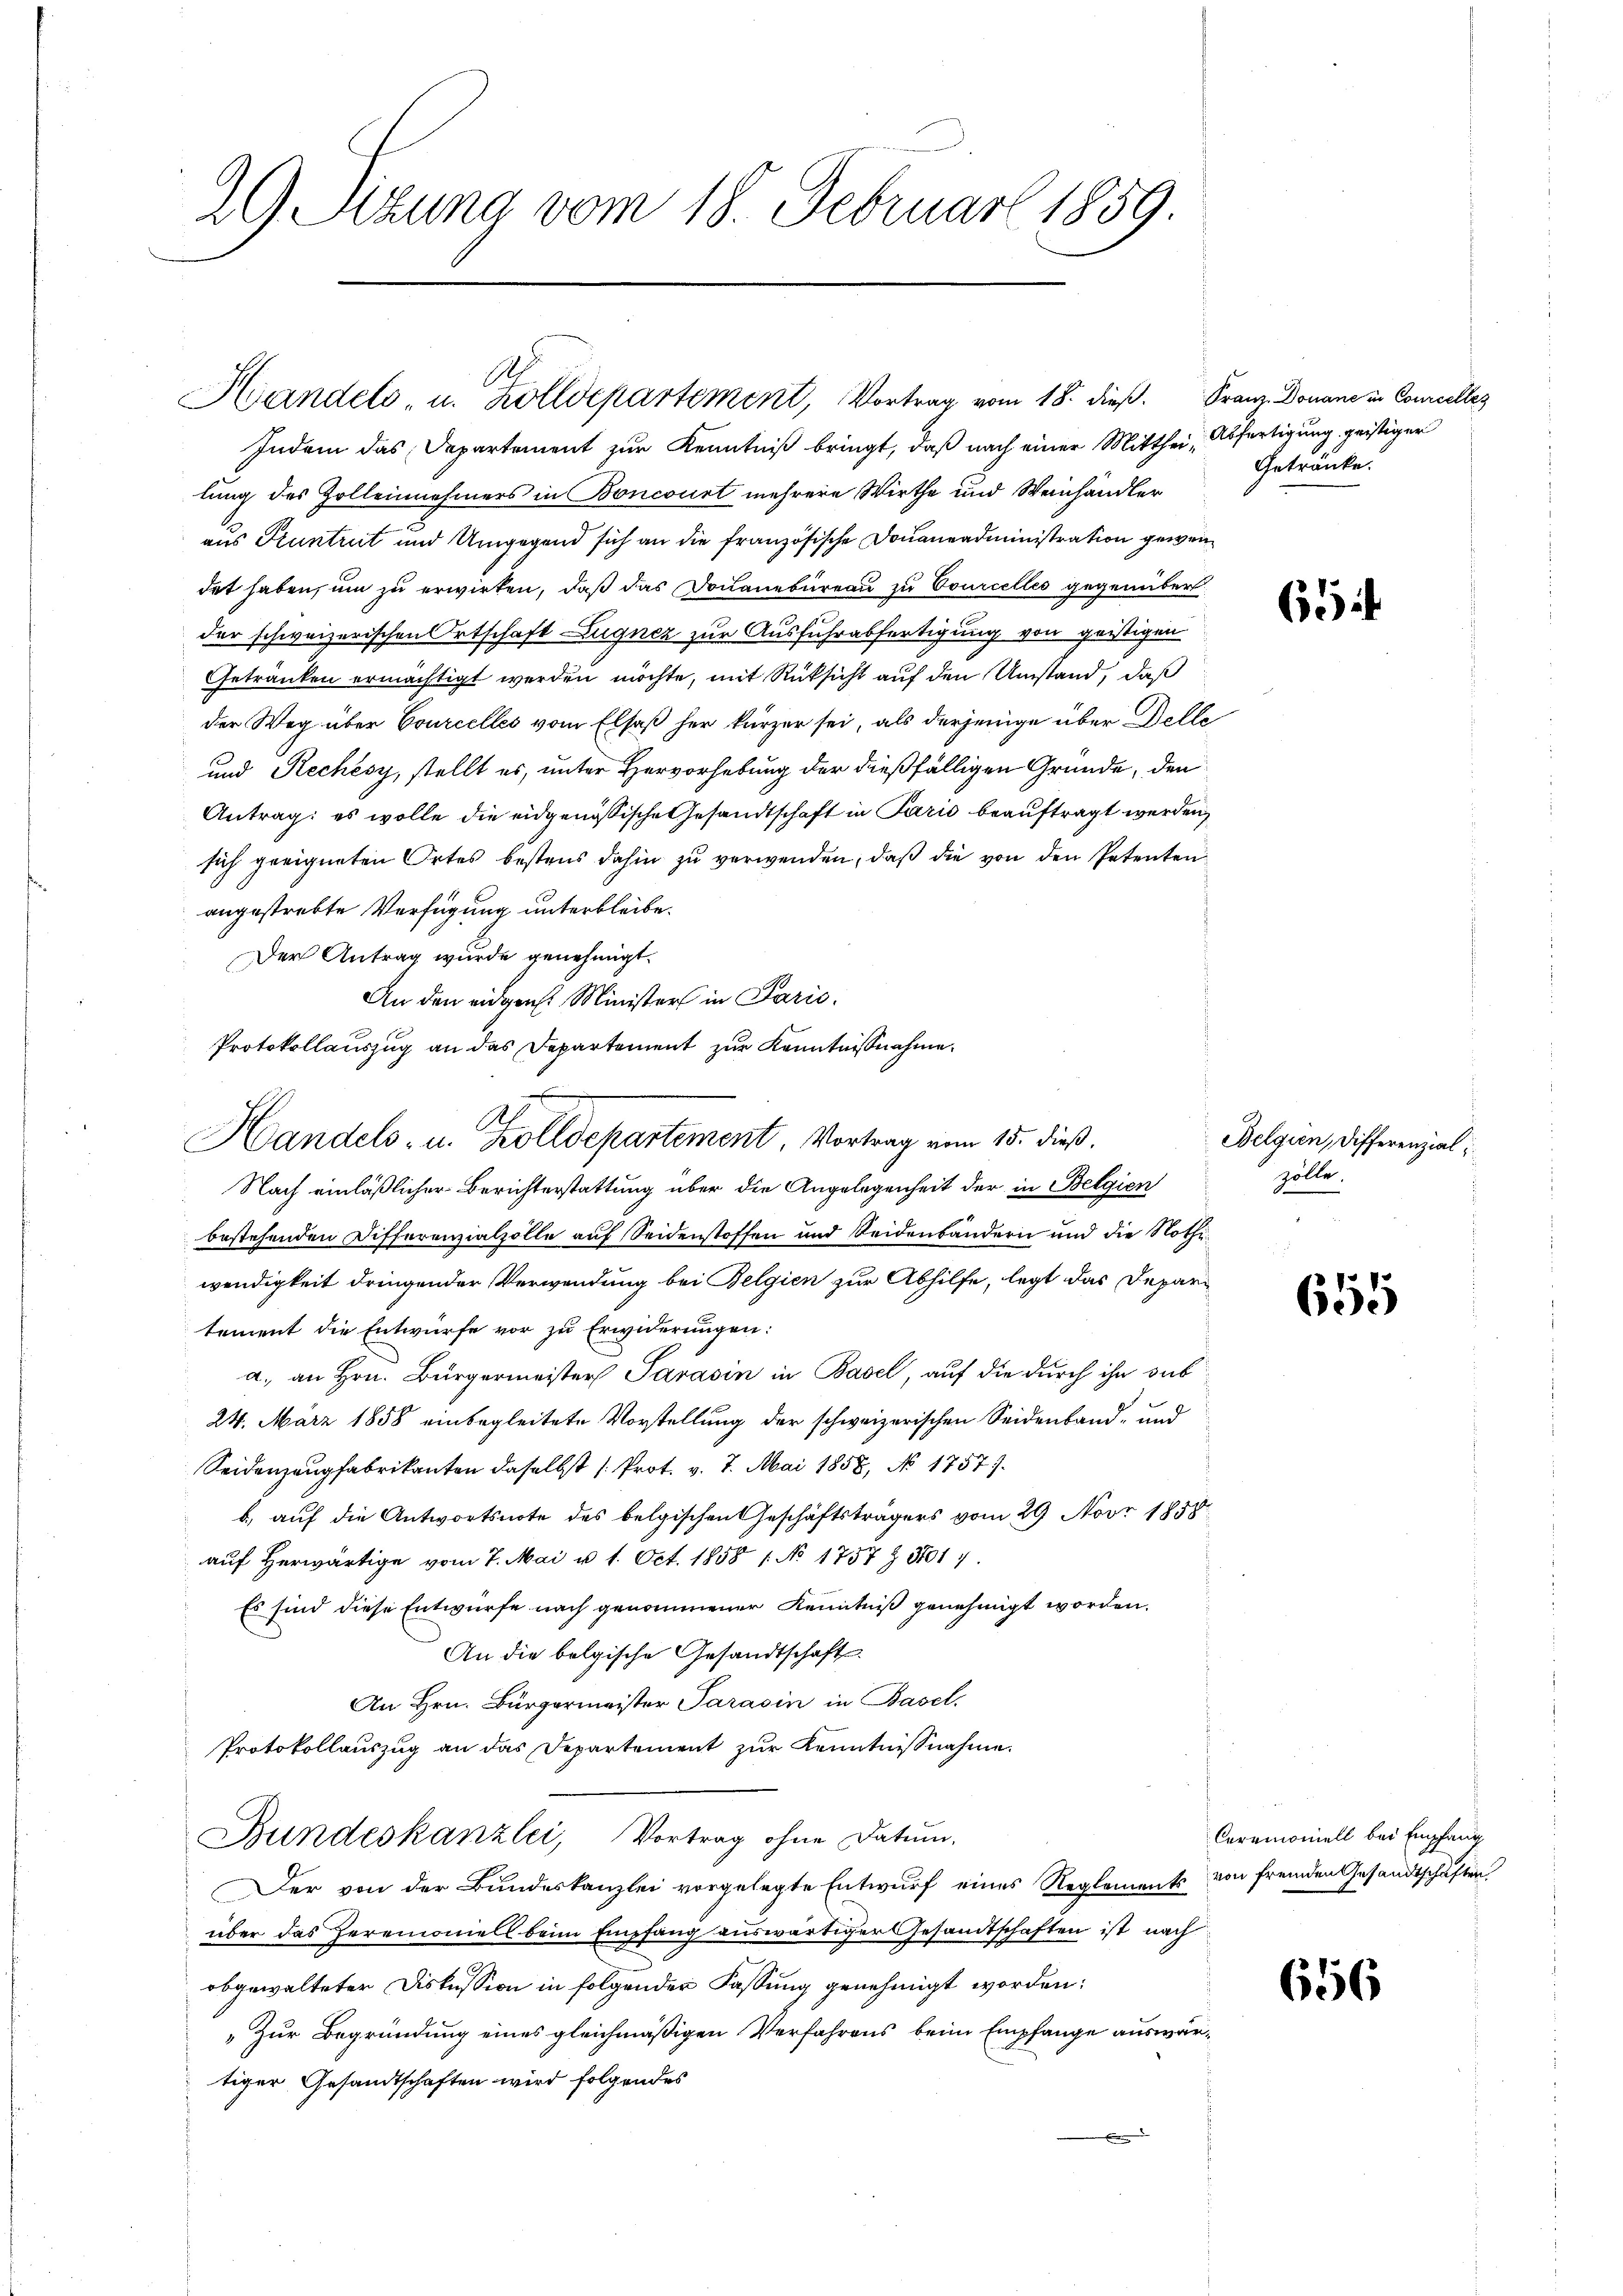
29. Sitzung vom 18. Februar 1859.

.
Handels u. Zolldepartement, Vortrag vom 18. dieß. Franz Douane in Concelles

Indem das Departement zur Kenntniß bringt, daß nach einer Mitthei Abfertigung geistiger
lung des Zolleinehmers in Boncourt mehrere Wirthe und Weinhändler
aus Pruntrut und Umgegend sich an die französische Douaneadministration gewendet haben, um zu erwirken, daß das Douanebureau zu Bourcelles gegenüber
der schweizerischen Ortschaft Lugnez zur Ausfuhrabfertigung von geistigen
Getränken ermächtigt werden möchte, mit Rücksicht auf den Umstand, daß
der Weg über Courcelles vom Elsaß her kürzer sei, als derjenige über Delle
und Rechésy, stellt es, unter Hervorhebung der dießfälligen Gründe, den
Antrag: es wolle die eidgenössische Gesandtschaft in Paris beauftragt werden,
sich geeigneten Ortes bestens dahin zu verwenden, daß die von den Petenten
angestrebte Verfügung unterbleibe.
Der Antrag wurde genehmigt.
An den eidgen. Ministers in Paris.
Nach einläßlicher Berichterstattung über die Angelegenheit der in Belgien
bestehenden Differenzialzolle auf Seidenstoffen und Seidenbändern und die Nothewendigkeit dringender Verwendung bei Belgien zur Abhilfe, legt das Depari
tement die Entwürfe vor zu Erwiderungen:
a. an Hrn. Bürgermeister Parasin in Basel, auf die durch ihn sub
24. März 1858 einbegleitete Vorstellung der schweizerischen Seidenband- und
Seidenzeugfabrikanten daselbst [Prot. v. 7. Mai 1858, No 1757).
b. auf die Antwortsnote des belgischen Geschäftsträgers vom 29 Nov. 1858
aŭf herwärtige vom 7. Mai u 1. Oct. 1858 1. No 1757 z 5017.
Es sind diese Entwürfe nach genommener Kenntniß genehmigt worden.
An die belgische Gesandtschaft
An Hrn. Bürgermeister Parasin in Basel.
Protokollauszug an das Departement zur Kenntnissnahme.
Bundeskanzlei, Vortrag ohne Datum.
Der von der Bundeskanzlei vorgelegte Entwurf eines Reglements von fremden Gesandtschaften
über das Heremoniell beim Empfang auswärtiger Gesandtschaften ist nach
obgewalteter Diskussion in folgender Fassung genehmigt worden:
„Zur Begründung eines gleichmäßigen Verfahrens beim Empfange auswärtiger Gesandtschaften wird folgendes

Protokollauszug an das Departement zur Kenntnißnahme.
Handels- u. Zolldepartement, Vortrag vom 15. dieß.

Getränke.

65

Belgien, Differenzial
zölle.

655

Ceremoniell bei Empfang

656